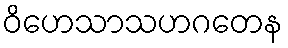
ဝိဟေသာသဟဂတေန